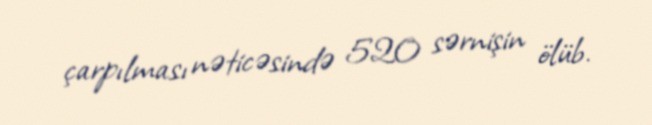
çarpılması nəticəsində 520 sərnişin ölüb.